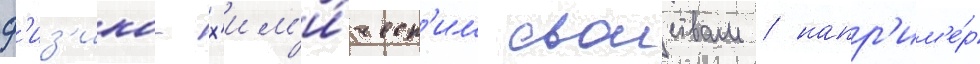
ф'из'ико-х'им'и́ческ'им своиствам / напр'им'е́р